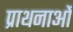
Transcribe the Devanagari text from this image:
प्राथनाओं